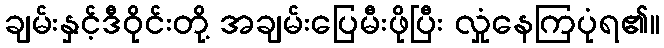
ချမ်းနှင့်ဒီဝိုင်းတို့ အချမ်းပြေမီးဖိုပြီး လှုံနေကြပုံရ၏။